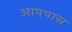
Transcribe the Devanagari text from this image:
आपपास